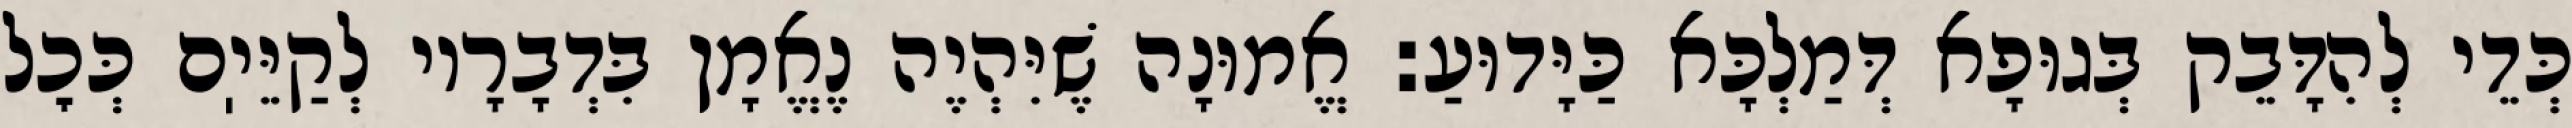
כְּדֵי לְהִדָּבֵק בְּגוּפָא דְּמַלְכָּא כַּיָּדוּעַ: אֱמוּנָה שֶׁיִּהְיֶה נֶאֱמָן בִּדְבָרָיו לְקַיֵּיֽם כְּכׇל